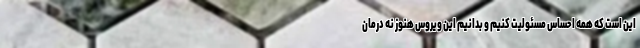
این است که همه احساس مسئولیت کنیم و بدانیم این ویروس هنوز نه درمان